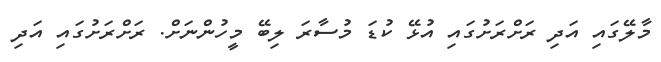
މާލޭގައި އަދި ރަށްރަށުގައި އުޅޭ ކުޑަ މުސާރަ ލިބޭ މީހުންނަށް. ރަށްރަށުގައި އަދި